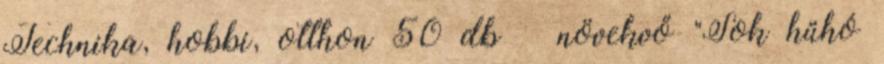
Technika, hobbi, otthon 50 db növekvő "Sok hűhó